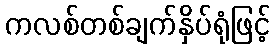
ကလစ်တစ်ချက်နှိပ်ရုံဖြင့်